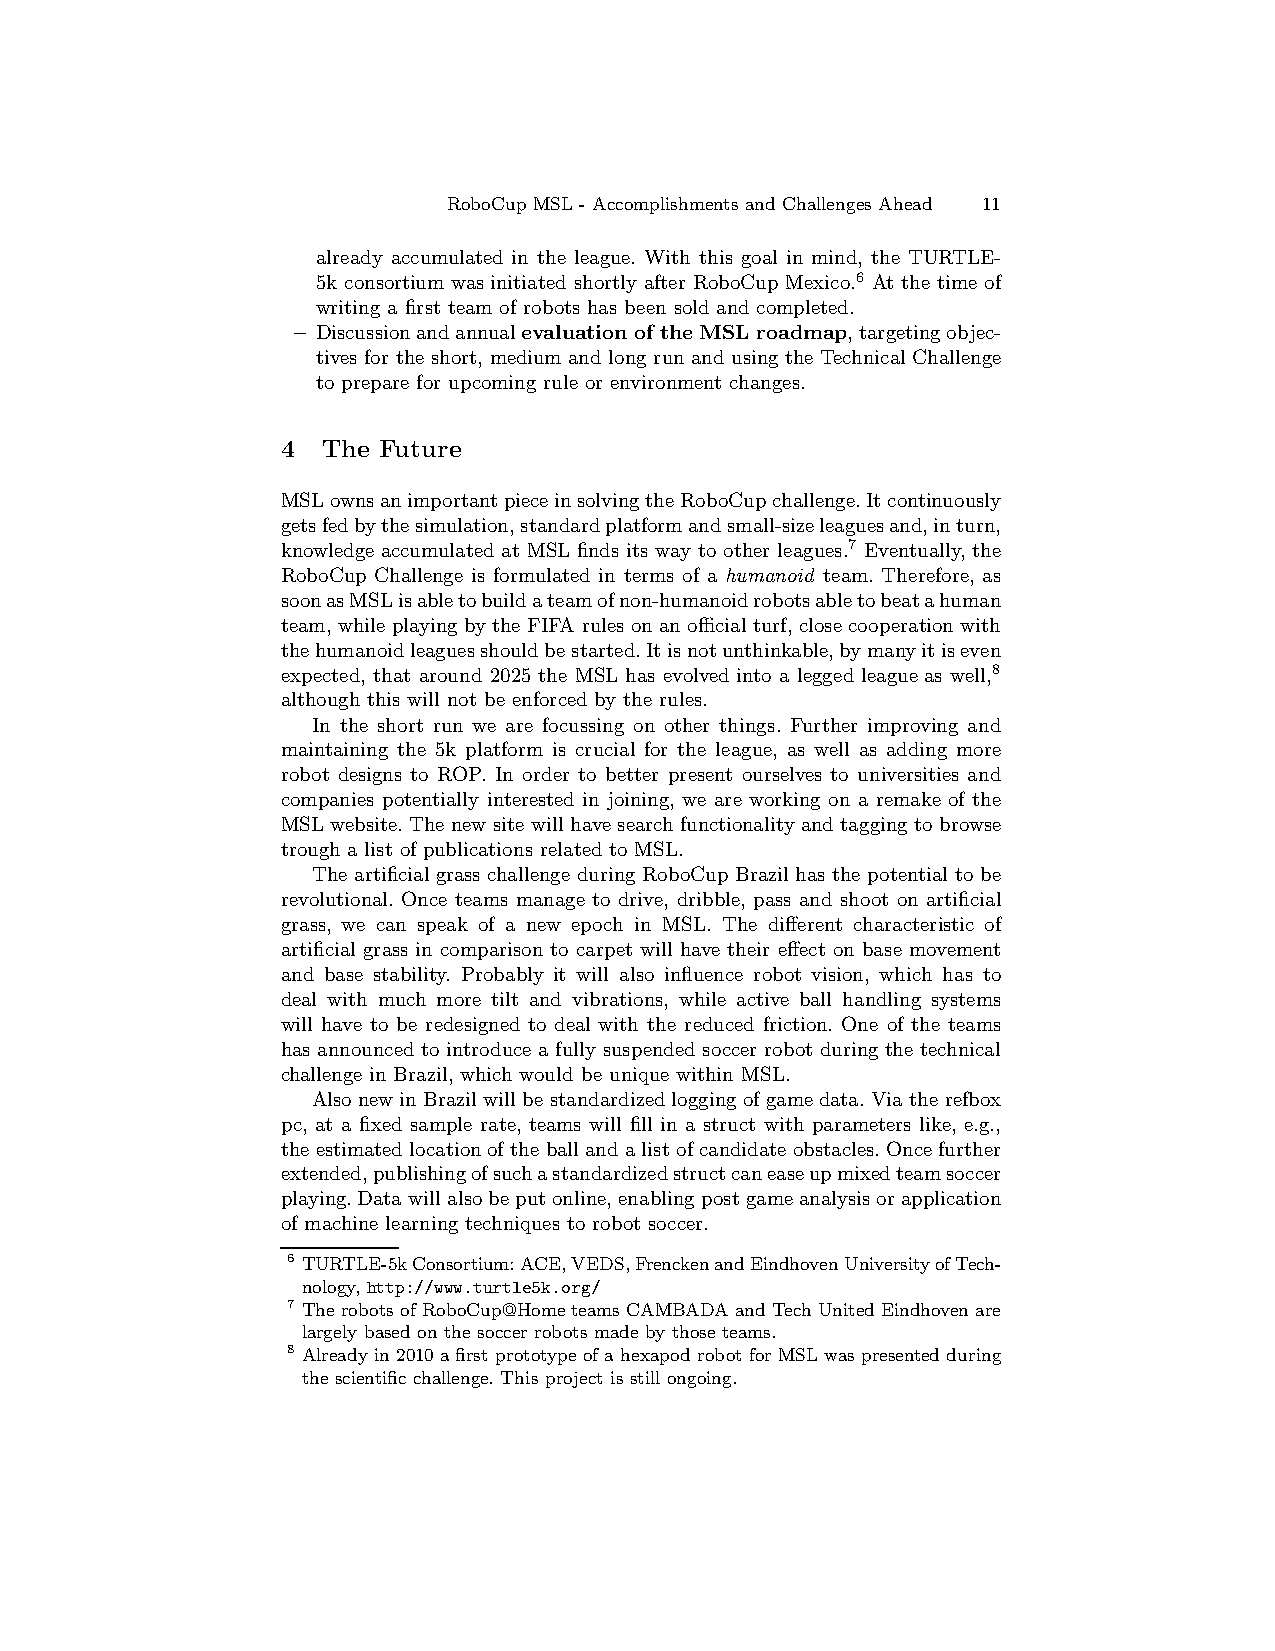
RoboCup MSL - Accomplishments and Challenges Ahead 11
 already accumulated in the league. With this goal in mind, the TURTLE-
 5k consortium was initiated shortly after RoboCup Mexico.6 At the time of
 writing a first team of robots has been sold and completed.
 – Discussionandannualevaluation of the MSL roadmap,targetingobjec-
 tives for the short, medium and long run and using the Technical Challenge
 to prepare for upcoming rule or environment changes.
 4 The Future
 MSLownsanimportantpieceinsolvingtheRoboCupchallenge.Itcontinuously
 getsfedbythesimulation,standardplatformandsmall-sizeleaguesand,inturn,
 7
 knowledge accumulated at MSL finds its way to other leagues. Eventually, the
 RoboCup Challenge is formulated in terms of a humanoid team. Therefore, as
 soonasMSLisabletobuildateamofnon-humanoidrobotsabletobeatahuman
 team, while playingby the FIFA rules onanofficialturf, close cooperationwith
 thehumanoidleaguesshouldbestarted.Itisnotunthinkable,bymanyitiseven
 expected, that around 2025 the MSL has evolved into a legged league as well,8
 although this will not be enforced by the rules.
 In the short run we are focussing on other things. Further improving and
 maintaining the 5k platform is crucial for the league, as well as adding more
 robot designs to ROP. In order to better present ourselves to universities and
 companies potentially interested in joining, we are working on a remake of the
 MSL website.The new site will havesearchfunctionality and taggingto browse
 trough a list of publications related to MSL.
 The artificialgrass challenge during RoboCup Brazilhas the potential to be
 revolutional. Once teams manage to drive, dribble, pass and shoot on artificial
 grass, we can speak of a new epoch in MSL. The different characteristic of
 artificial grass in comparison to carpet will have their effect on base movement
 and base stability. Probably it will also influence robot vision, which has to
 deal with much more tilt and vibrations, while active ball handling systems
 will have to be redesigned to deal with the reduced friction. One of the teams
 has announced to introduce a fully suspended soccer robot during the technical
 challenge in Brazil, which would be unique within MSL.
 Alsonew in Brazilwillbe standardizedloggingofgamedata.Via the refbox
 pc, at a fixed sample rate, teams will fill in a struct with parameters like, e.g.,
 the estimatedlocationofthe ballandalist ofcandidate obstacles.Oncefurther
 extended,publishingofsuchastandardizedstructcaneaseupmixedteamsoccer
 playing.Datawillalsobeputonline,enablingpostgameanalysisorapplication
 of machine learning techniques to robot soccer.
 6 TURTLE-5kConsortium:ACE,VEDS,FrenckenandEindhovenUniversityofTech-
 nology, http://www.turtle5k.org/
 7 Therobots of RoboCup@Hometeams CAMBADAand TechUnitedEindhovenare
 largely based on the soccer robots made bythose teams.
 8 Alreadyin 2010 afirst prototypeofahexapodrobot forMSL waspresentedduring
 thescientific challenge. This project is still ongoing.